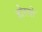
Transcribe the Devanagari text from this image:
होरतो